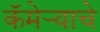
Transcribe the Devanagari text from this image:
कॅमेर्‍याचे